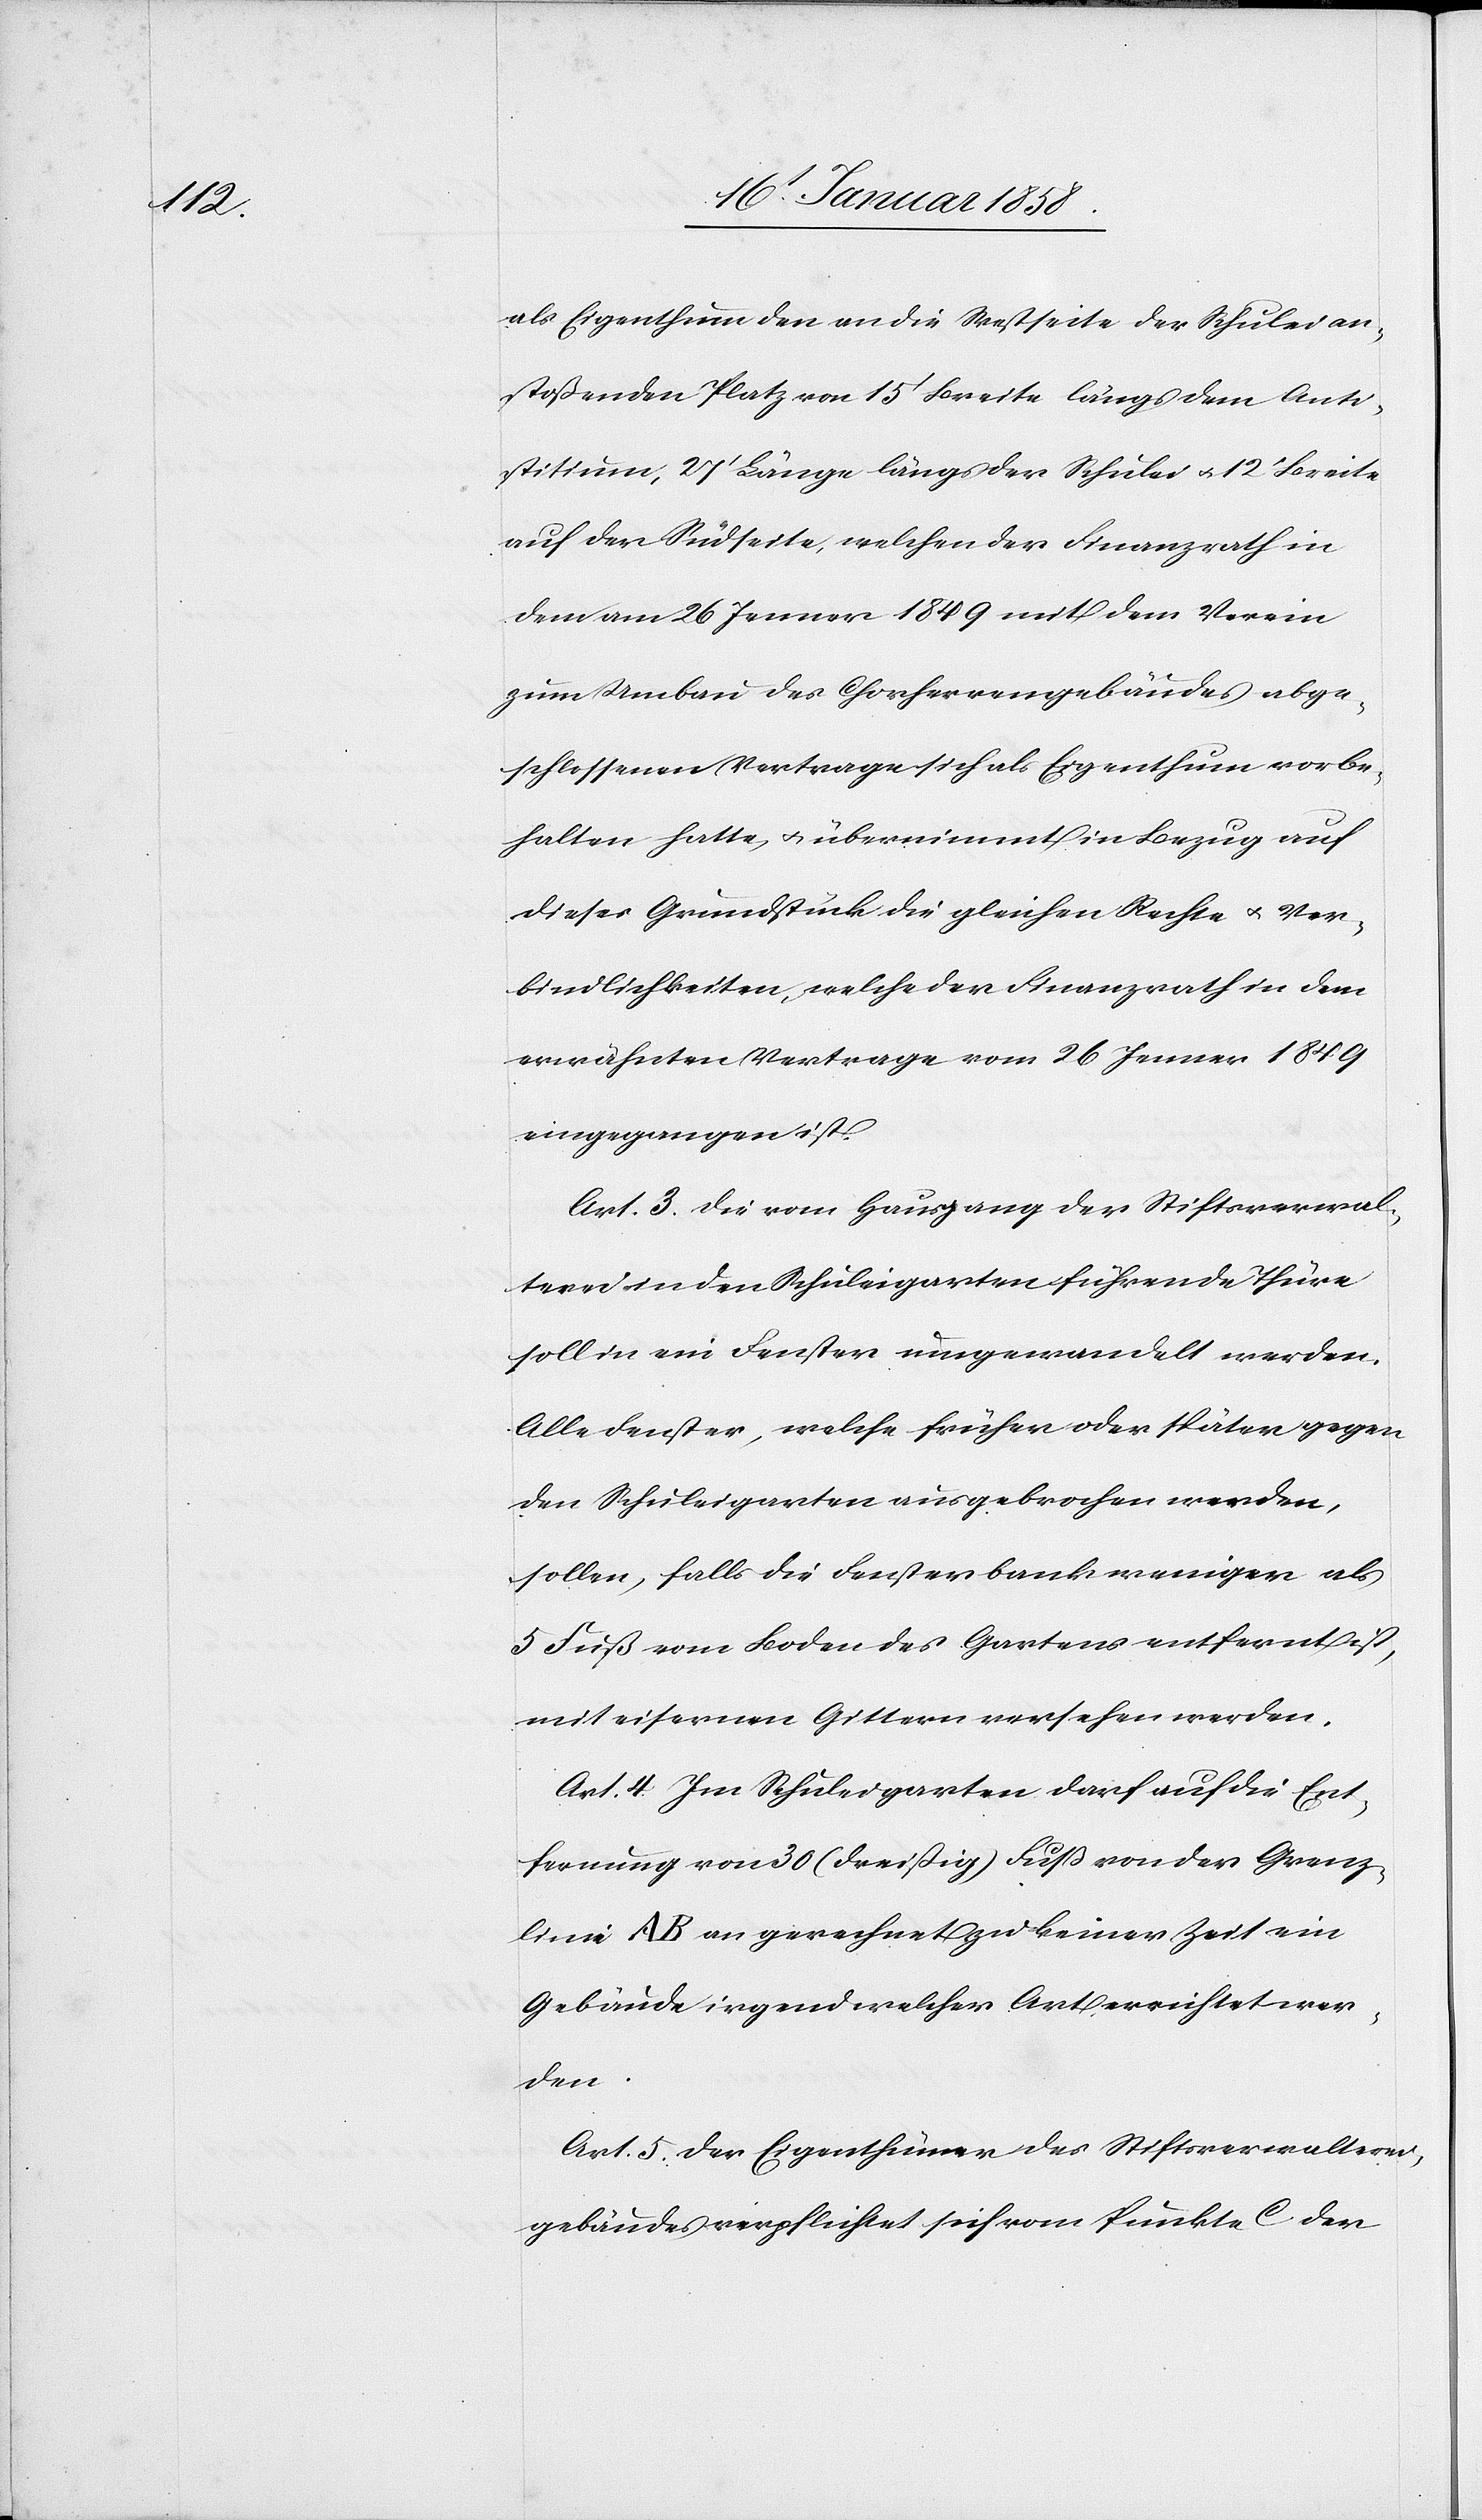
als Eigenthum den an die Westseite der Schulei an¬
stoßenden Platz von 15’ Breite längs dem Anti¬
stitium, 27’ Länge längs der Schulei u. 12’ Breite
auf der Südseite, welchen der Finanzrath in
dem am 26 Jenner 1849 mit dem Verein
zum Umbau des Chorherrengebäudes abge¬
schlossenen Vertrage sich als Eigenthum vorbe¬
halten hatte, u. übernimmt in Bezug auf
dieses Grundstück die gleichen Rechte u. Ver¬
bindlichkeiten, welche der Finanzrath in dem
erwähnten Vertrage vom 26 Jenner 1849
eingegangen ist.
Art. 3. Die vom Hausgang der Stiftsverwal¬
tern in den Schuleigarten führende Thüre
soll in ein Fenster umgewandelt werden.
Alle Fenster, welche früher oder später gegen
den Schuleigarten ausgebrochen werden,
sollen, falls die Fensterbank weniger als
5 Fuß vom Boden des Gartens entfernt ist,
mit eisernen Gittern versehen werden.
Art. 4. Im Schuleigarten darf auf die Ent¬
fernung von 30 (dreißig) Fuß von der Grenz¬
linie A B an gerechnet zu keiner Zeit ein
Gebäude irgend welcher Art errichtet wer¬
den.
Art. 5. Der Eigenthümer des Stiftsverwalterei¬
gebäudes verpflichtet sich vom Punkte C der